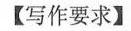
【写作要求】